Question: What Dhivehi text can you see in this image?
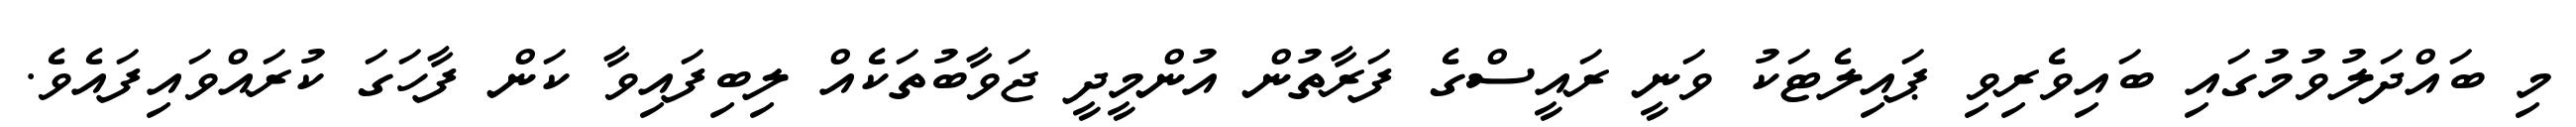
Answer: މި ބައްދަލުވުމުގައި ބައިވެރިވި ޕައިލެޓަކު ވަނީ ރައީސްގެ ފަރާތުން އުންމީދީ ޖަވާބުތަކެއް ލިބިފައިވާ ކަން ފާހަގަ ކުރައްވައިފައެވެ.